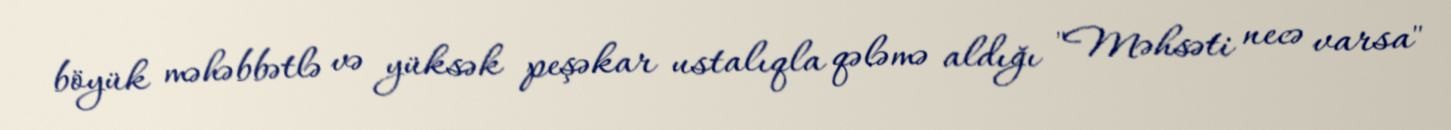
böyük məhəbbətlə və yüksək peşəkar ustalıqla qələmə aldığı "Məhsəti necə varsa"